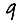
Digit: 9